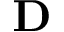
\bf { D }